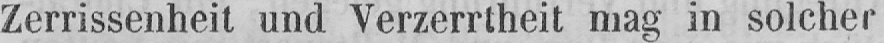
Zerrissenheit und Verzerrtheit mag in solcher